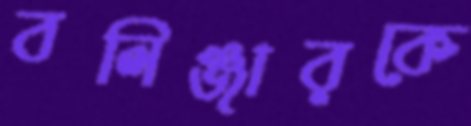
বলিঞ্জারকে